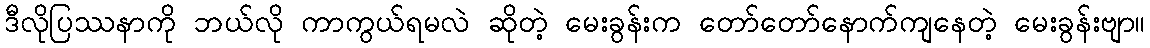
ဒီလိုပြဿနာကို ဘယ်လို ကာကွယ်ရမလဲ ဆိုတဲ့ မေးခွန်းက တော်တော်နောက်ကျနေတဲ့ မေးခွန်းဗျာ။